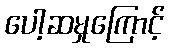
ပေါ့ဆမှုကြောင့်